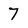
Character: 7